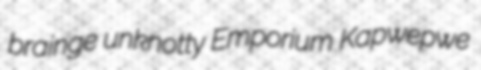
brainge unknotty Emporium Kapwepwe